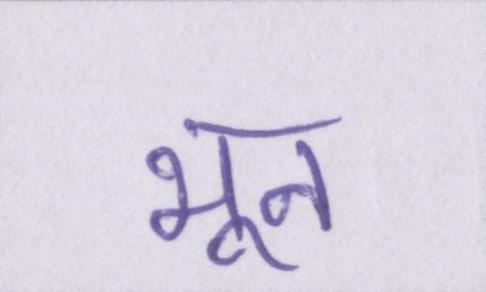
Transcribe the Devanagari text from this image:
भून